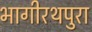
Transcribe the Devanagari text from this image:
भागीरथपुरा